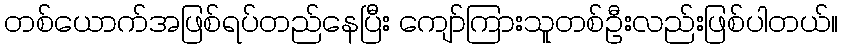
တစ်ယောက်အဖြစ်ရပ်တည်နေပြီး ကျော်ကြားသူတစ်ဦးလည်းဖြစ်ပါတယ်။